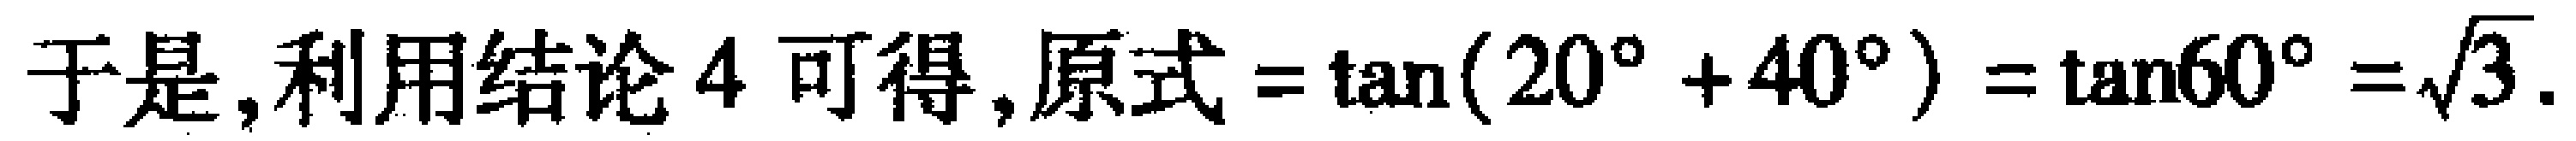
于是, 利用结论 4 可得, 原式$=\tan(20^{\circ}+40^{\circ})=\tan60^{\circ}=\sqrt{3}$.